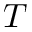
T